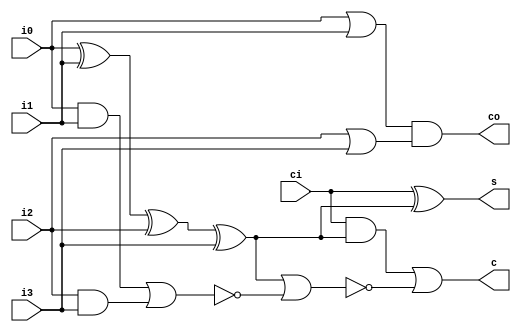
module counter_5to3 (
  input   wire  i0,
  input   wire  i1, 
  input   wire  i2,
  input   wire  i3,
  input   wire  ci,
  output  wire  s,
  output  wire  c,
  output  wire  co
);

  wire s_temp = i0^i1^i2^i3;
  assign s  = ci^s_temp;
  assign co = (i0|i1) & (i2|i3);
  assign c  = (ci&s_temp) | ~(s_temp | ~((i0&i1) | (i2&i3)));
endmodule